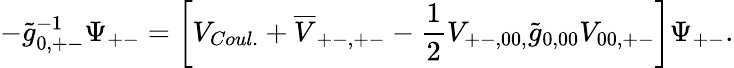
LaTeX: -\widetilde g_{0,+-}^{-1}\Psi_{+-}=\bigg[V_{Coul.}+\overline{{V}}_{+-,+-}-\frac{1}{2}V_{+-,00,}\widetilde g_{0,00}V_{00,+-}\bigg]\Psi_{+-}.